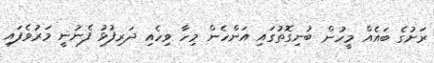
ރަށުގެ ބައެެއް މީހުން ބުނިގޮތުގައި އަންހެން މިހާ ވިހެއި ދަރިފުޅު ފެނުނީ މަރުވެފައި